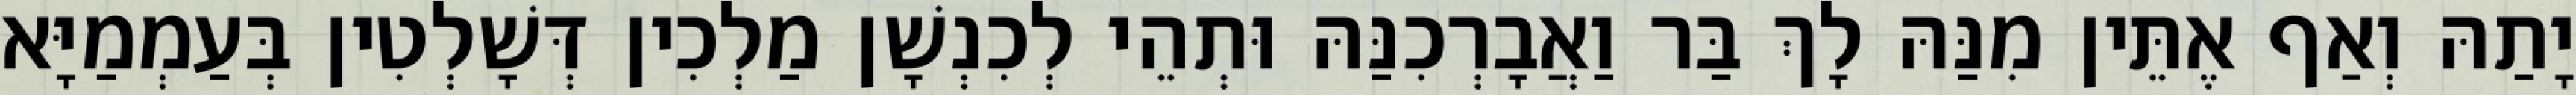
יָתַהּ וְאַף אֶתֵּין מִנַּהּ לָךְ בַּר וַאֲבָרְכִנַּהּ וּתְהֵי לְכִנְשָׁן מַלְכִין דְּשָׁלְטִין בְּעַמְמַיָּא